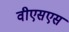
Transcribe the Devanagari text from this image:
वीएसएस